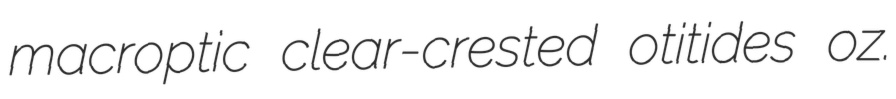
macroptic clear-crested otitides oz.